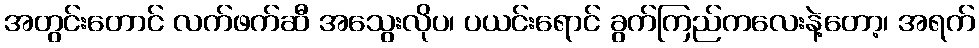
အတွင်းတောင် လက်ဖက်ဆီ အသွေးလိုပ၊ ပယင်းရောင် ခွက်ကြည်ကလေးနဲ့တော့၊ အရက်